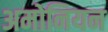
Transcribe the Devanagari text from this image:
अमोनियन